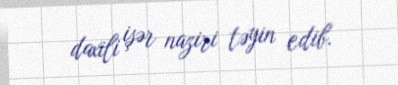
daxili işər naziri təyin edib.